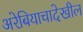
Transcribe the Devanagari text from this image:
अरेबियाचादेखील